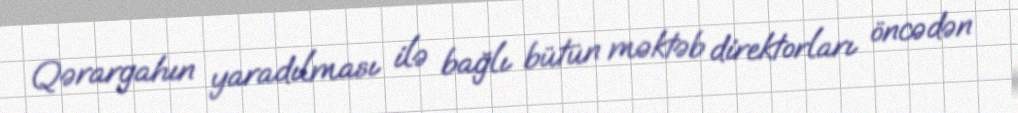
Qərargahın yaradılması ilə bağlı bütün məktəb direktorları öncədən